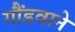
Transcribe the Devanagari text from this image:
गौंडवाने